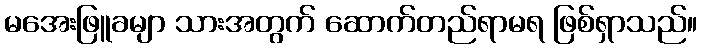
မအေးဖြူခမျာ သားအတွက် ဆောက်တည်ရာမရ ဖြစ်ရှာသည်။